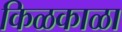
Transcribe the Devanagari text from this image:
किळकाळा